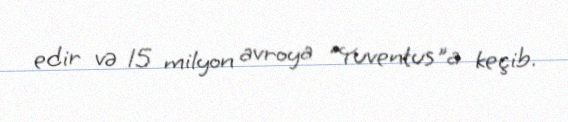
edir və 15 milyon avroya "Yuventus"a keçib.